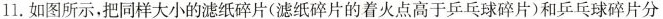
11.如图所示，把同样大小的滤纸碎片(滤纸碎片的着火点高于乒乓球碎片)和乒乓球碎片分